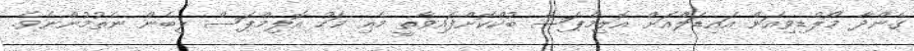
ގެންދާ މޯލްޑިވިއަން އައިޑަލްއަށް އޮލިމްޕަސް ބުކްކޮށްފައިވާތީ މެއި މަހު އޮލިމްޕަސް ލިބެން ނެތުމުންނެވެ.